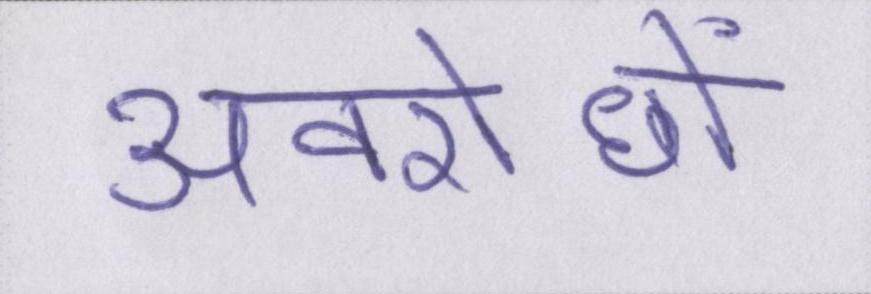
अवरोधों